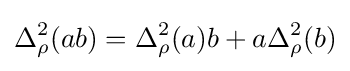
{\Delta }_{\rho }^{2}(ab)={\Delta }_{\rho }^{2}(a)b+a{\Delta }_{\rho }^{2}(b)